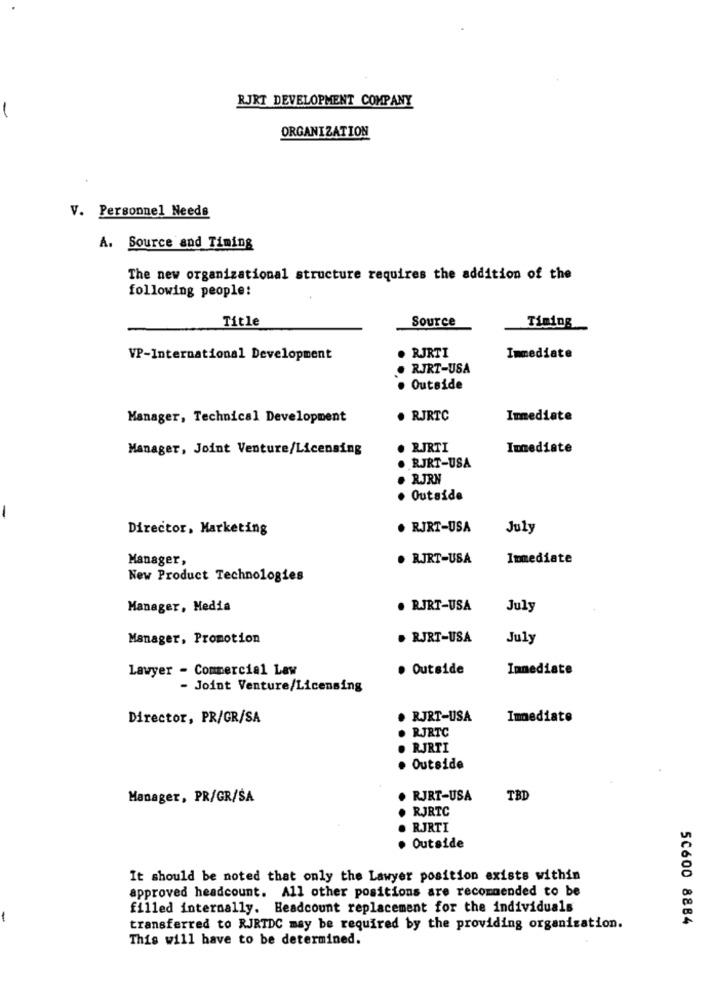
RJRT DEVELOPMENT COMPANY
ORGANIZATION
V. Personnel Needs
A. Source and Timing
The new organizational structure requires the addition of the
following people:
Title
Source
Timing
VP-International Development
. RJRTI
Immediate
RJRT-USA
Outside
Manager, Technical Development
RJRTC
Immediate
Manager, Joint Venture/Licensing
RJRTI
Immediate
RJRT-USA
RJRN
Outside
Director, Marketing
. RJRT-USA
July
Manager,
. RJRT-USA
Immediate
New Product Technologies
Manager, Media
. RJRT-USA
July
Manager, Promotion
. RJRT-USA
July
Lawyer - Commercial Law
. Outside
Immediate
- Joint Venture/Licensing
Director, PR/GR/SA
RJRT-USA
Immediate
RJRTC
RJRTI
Outside
Manager, PR/GR/SA
RJRT-USA
TBD
RJRTC
RJRTI
Outside
It should be noted that only the Lawyer position exists within
approved headcount. All other positions are recommended to be
filled internally. Headcount replacement for the individuals
-
transferred to RJRTDC may be required by the providing organization.
50600 8884
This will have to be determined.